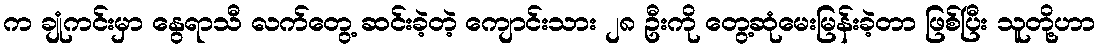
က ချုံကင်းမှာ နွေရာသီ လက်တွေ့ ဆင်းခဲ့တဲ့ ကျောင်းသား ၂၈ ဦးကို တွေ့ဆုံမေးမြန်းခဲ့တာ ဖြစ်ပြီး သူတို့ဟာ